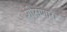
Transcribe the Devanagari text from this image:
शोसणारा